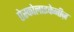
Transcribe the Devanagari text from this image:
ऐस्कोलाइकेनीज़